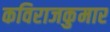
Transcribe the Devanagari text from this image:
कविराजकुमार